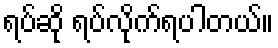
ရပ်ဆို ရပ်လိုက်ရပါတယ်။